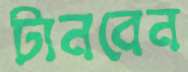
টানবেন